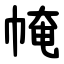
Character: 㡋